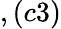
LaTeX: ,(c3)